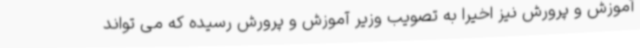
آموزش و پرورش نیز اخیرا به تصویب وزیر آموزش و پرورش رسیده که می تواند